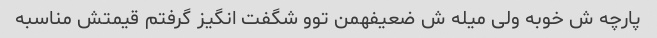
پارچه ش خوبه ولی میله ش ضعیفهمن توو شگفت انگیز گرفتم قیمتش مناسبه